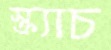
স্ক্র্যাচ